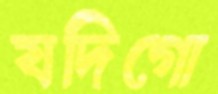
যদিগো